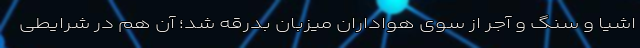
اشیا و سنگ و آجر از سوی هواداران میزبان بدرقه شد؛ آن هم در شرایطی